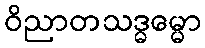
ဝိညာတသဒ္ဓမ္မော